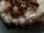
عجيبة